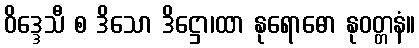
ဝိဒ္ဒေသီ စ ဒိသော ဒိဋ္ဌော၊ထာ နုရောဓော နုဝတ္တနံ။